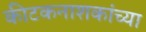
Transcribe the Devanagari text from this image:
कीटकनाशकांच्या